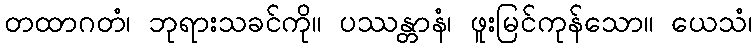
တထာဂတံ၊ ဘုရားသခင်ကို။ ပဿန္တာနံ၊ ဖူးမြင်ကုန်သော။ ယေသံ၊